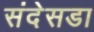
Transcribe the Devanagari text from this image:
संदेसडा